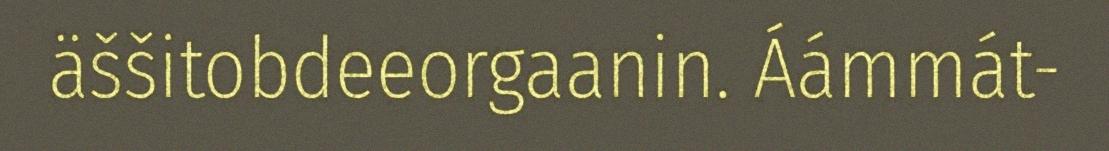
äššitobdeeorgaanin. Áámmát-